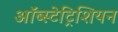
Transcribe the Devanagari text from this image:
ऑब्स्टेट्रिशियन